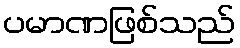
ပမာဏဖြစ်သည်